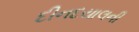
દીનદયાલની